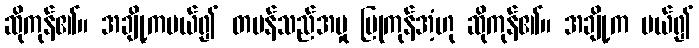
ဆိုကုန်၏။ အချို့ကပယ်၍ တမန်သည်အမှု ပြုကုန်အံ့ဟု ဆိုကုန်၏။ အချို့က ပယ်၍